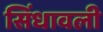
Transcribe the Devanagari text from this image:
सिंधावली